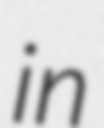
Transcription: in